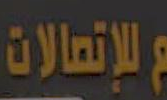
للإتصالات